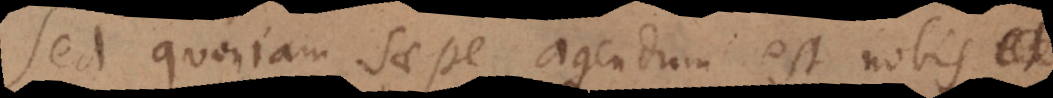
Sed quoniam saepe agendum est nobis